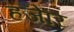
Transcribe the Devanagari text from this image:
हजेरि